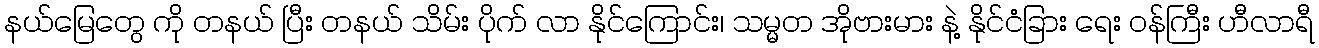
နယ်မြေတွေ ကို တနယ် ပြီး တနယ် သိမ်း ပိုက် လာ နိုင်ကြောင်း၊ သမ္မတ အိုဗားမား နဲ့ နိုင်ငံခြား ရေး ဝန်ကြီး ဟီလာရီ